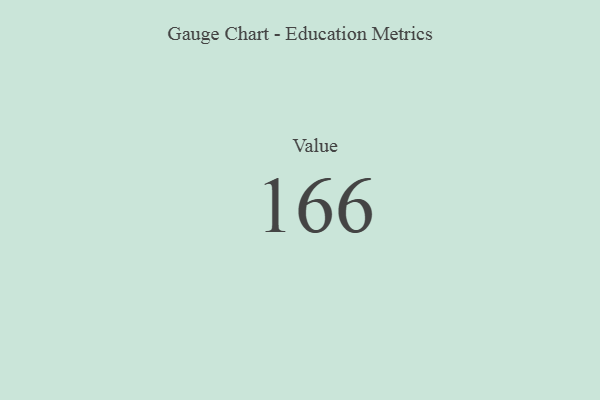
{"axis": {"x": "Metric", "y": "Value"}, "legend": [""], "data": [{"x": "Value", "y": 166, "type": ""}]}